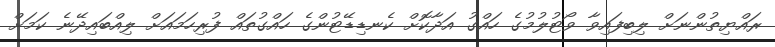
ރައްޔިތުންނަށް ލިބިފައިވާ ވޯޓުލުމުގެ ހައްގު އަދާކޮށް ކެނޑިޑޭޓުންގެ ހައްގުތައް ފުރިހަމައަށް ލިއްބައިދޭނެ ކަމަށް